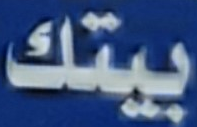
بيتك